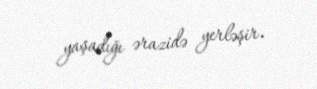
yaşadığı ərazidə yerləşir.